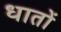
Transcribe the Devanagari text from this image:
धातों